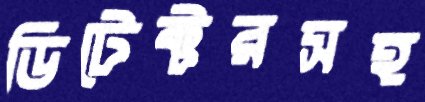
ডিটেক্টরসহ